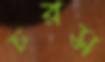
চরস